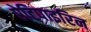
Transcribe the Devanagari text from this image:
ऐटिपाइरिन